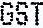
GST